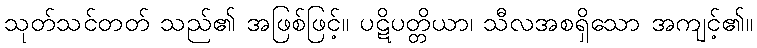
သုတ်သင်တတ် သည်၏ အဖြစ်ဖြင့်။ ပဋိပတ္တိယာ၊ သီလအစရှိသော အကျင့်၏။